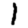
Digit: 1